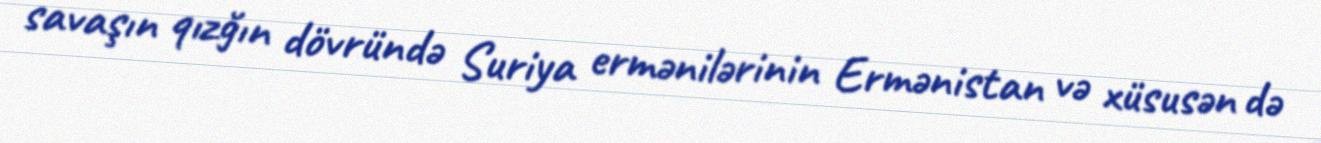
savaşın qızğın dövründə Suriya ermənilərinin Ermənistan və xüsusən də